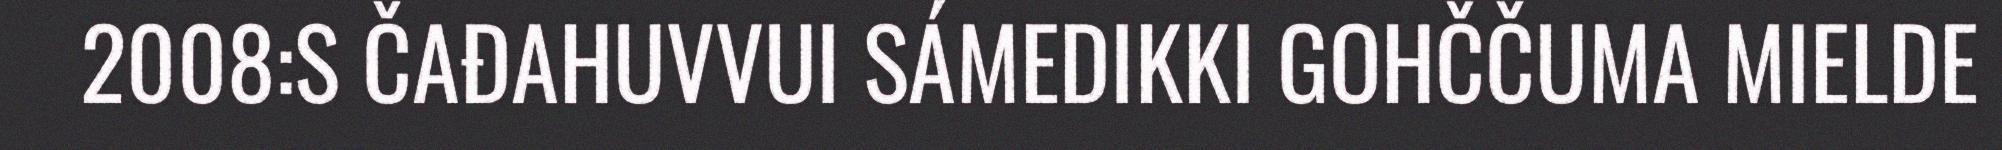
2008:S ČAĐAHUVVUI SÁMEDIKKI GOHČČUMA MIELDE